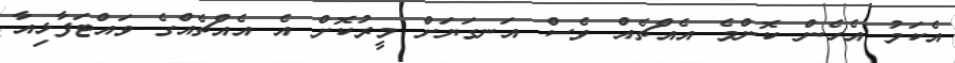
އެކަމު އެހެން ކޮންމެ އެއްޗެއް ވެސް އަނގަޔަށް މީރުކޮށް އެ އެއްޗެއްގެ ވައްޓަފާޅިއާ